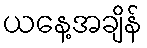
ယနေ့အချိန်